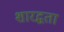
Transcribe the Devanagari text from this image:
शारद्धता